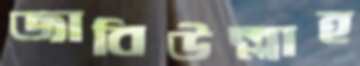
জাবিউল্লাহ